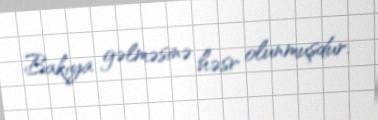
Bakıya gəlməsinə həsr olunmuşdur.